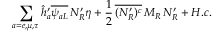
\sum _ { a = e , \mu , \tau } \hat { h } _ { a } ^ { \prime } \overline { { { \psi _ { a L } } } } \, N _ { R } ^ { \prime } \eta + \frac { 1 } { 2 } \, \overline { { { ( N _ { R } ^ { \prime } ) ^ { c } } } } \, M _ { R } \, N _ { R } ^ { \prime } + H . c .